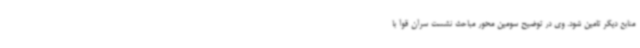
منابع دیگر تامین شود. وی در توضیح سومین محور مباحث نشست سران قوا با